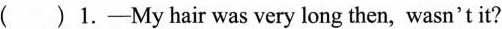
( )1.-My hair was very long then, wasn't it?